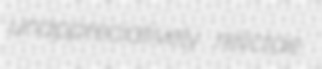
unappreciatively relictae